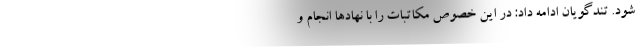
شود. تندگویان ادامه داد: در این خصوص مکاتبات را با نهادها انجام و